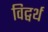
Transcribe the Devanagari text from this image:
विट्वर्थ